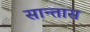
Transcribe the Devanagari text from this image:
सान्तास